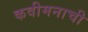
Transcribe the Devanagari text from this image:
कवीमनाची